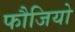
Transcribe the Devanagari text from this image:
फौजियो